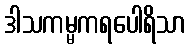
ဒါသကမ္မကရပေါရိသာ